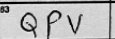
Transcription: QPV